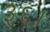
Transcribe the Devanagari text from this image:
३६।